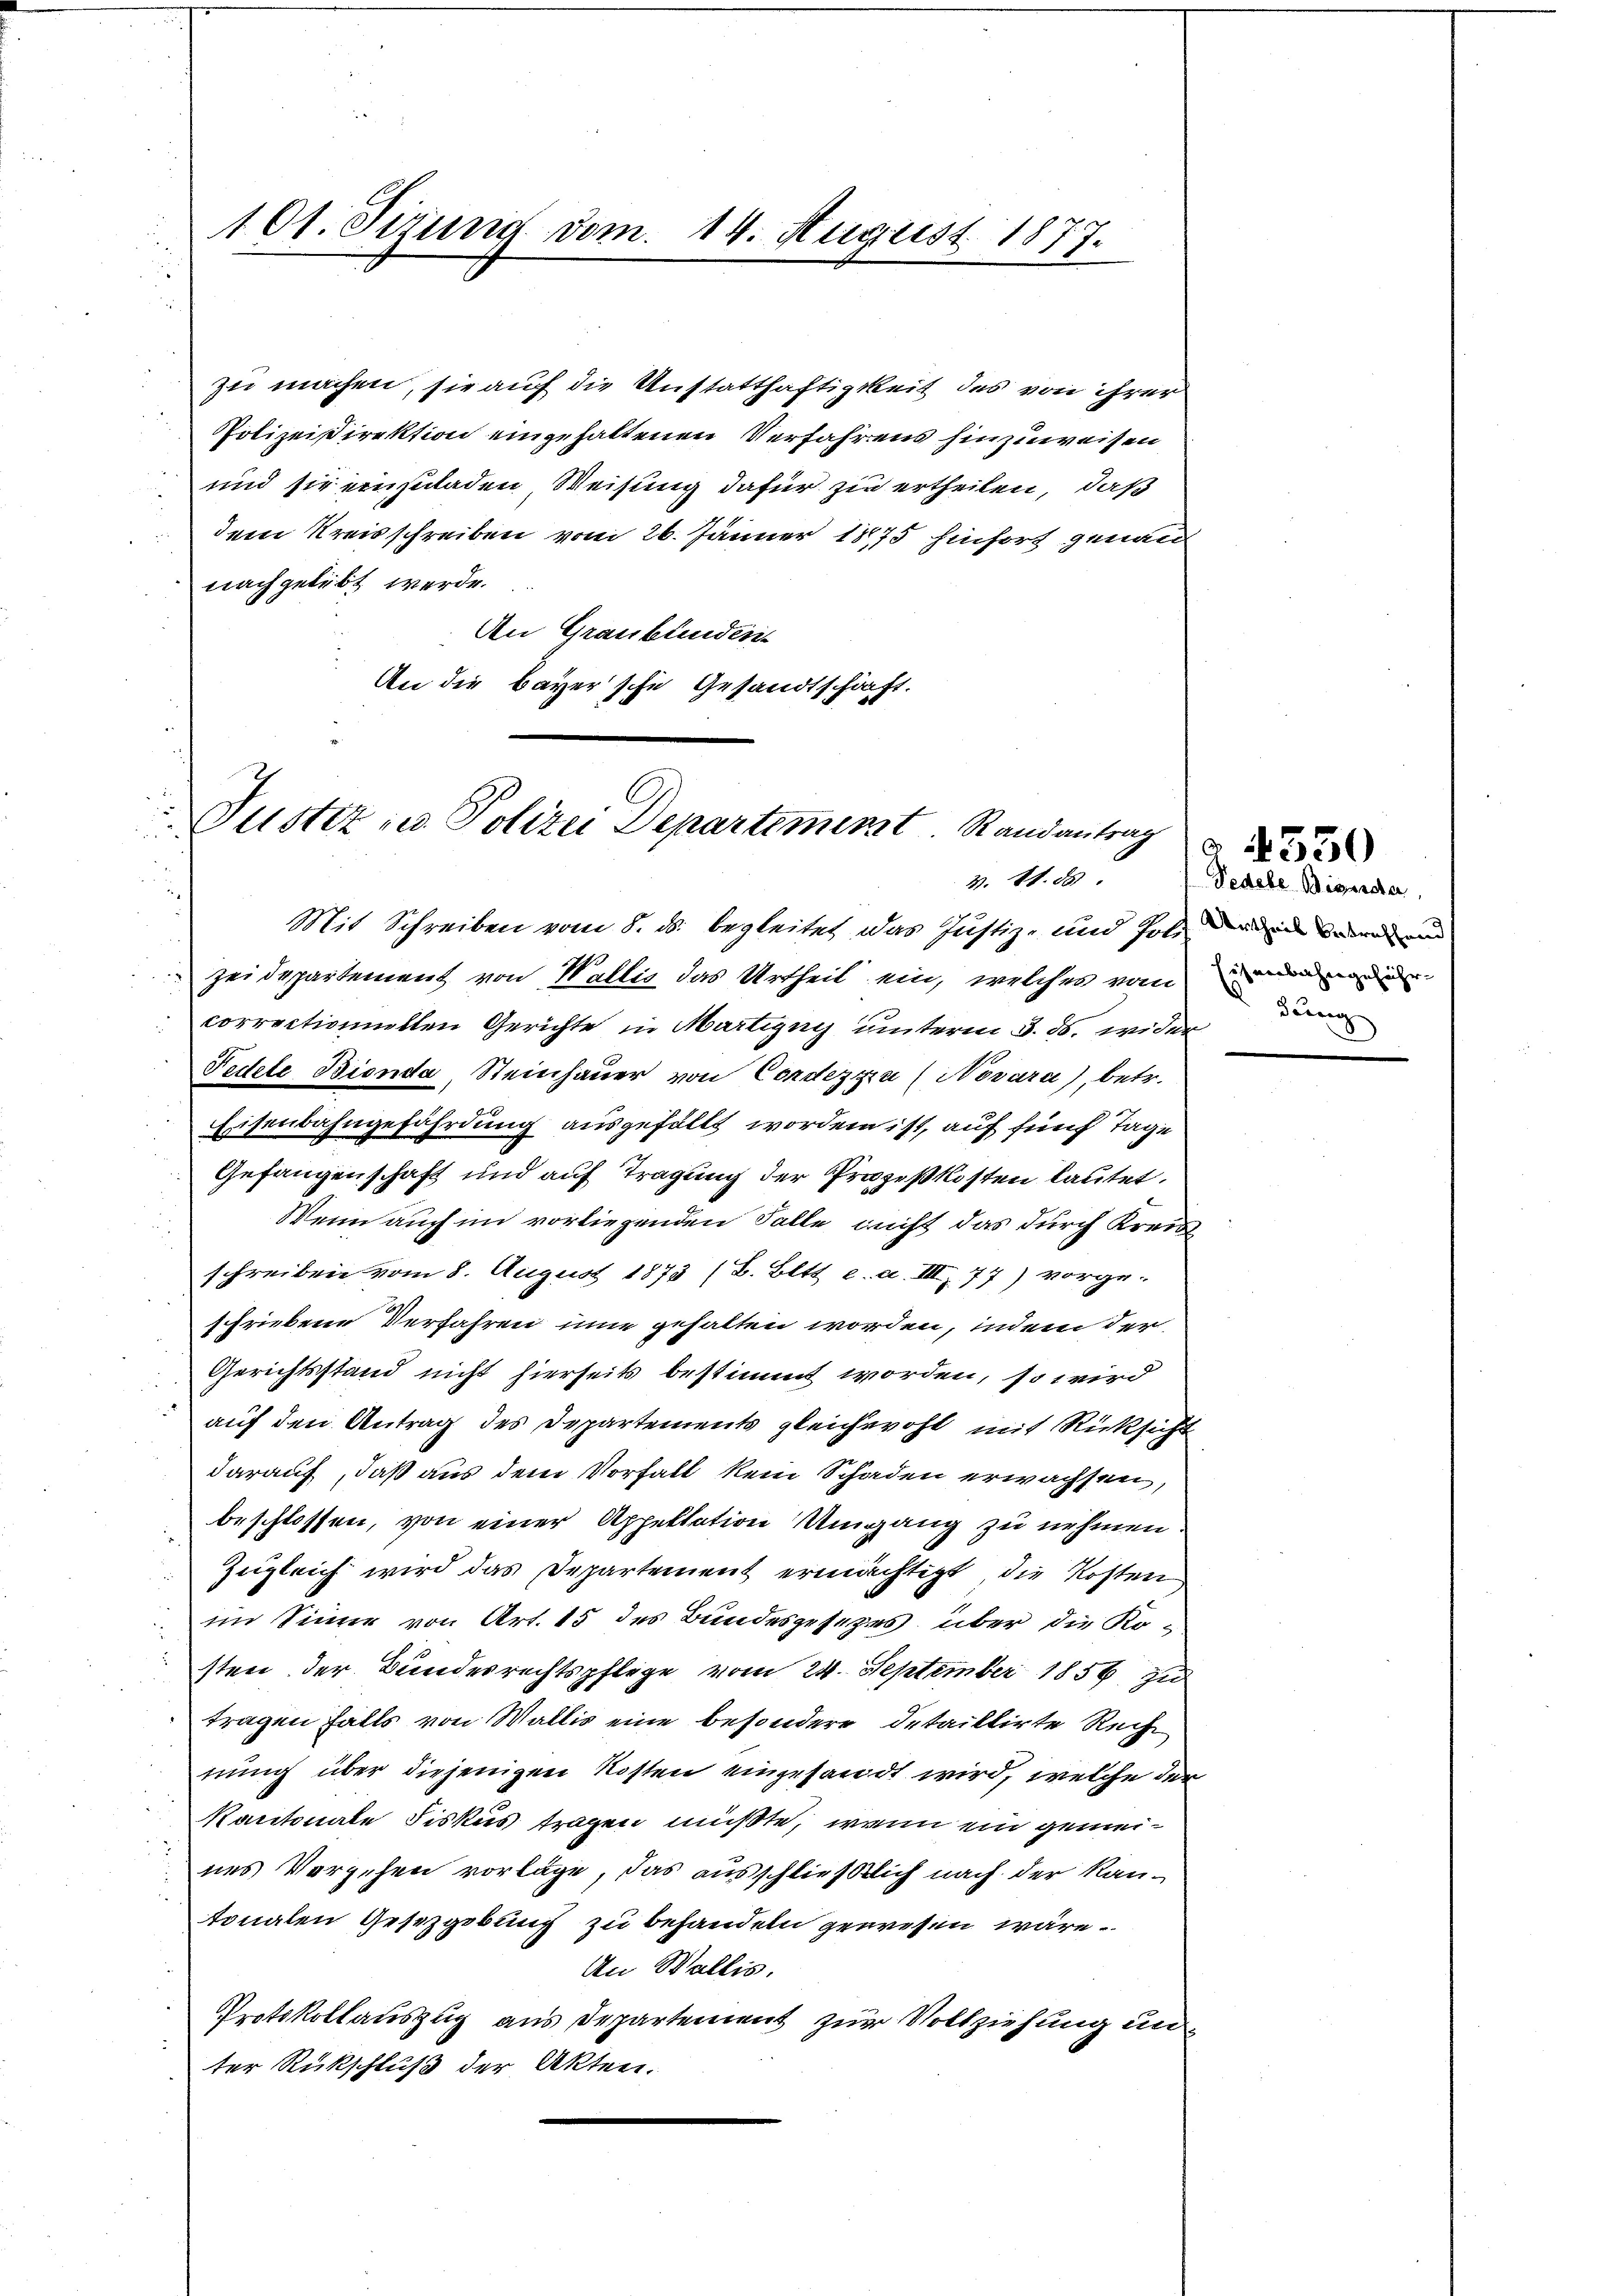
101. Sizung vom 14. August 1877.

zu machen, sie auf die Anstatthaftigkeit des von ihrer
Polizeidirektion eingehaltenen Verfahrens hinzuweisen
und sie einzuladen Weisung dafür zu ertheilen, daß
dem Kreisschreiben vom 26. Jänner 1875 hinfort genau
nachgelebt werde.
An Graubünden
An die Bayer sche Gesandtschaft.

Justiz zu Polizei Departement Randantrag
.
V. S. 88

Mit Schreiben vom 8. ds. begleitet das Justiz- und Poli die und
Zeidepartement von Wallis das Urtheil ein, welches vom unm
correctionnellen Gerichte in Martigny unterm 3. ds. wider
Tedete Bionda, Steinhauer von Contezza (Novara), betr.
Eisenbahngefährdung ausgefällt worden ist, auf fünf Tage
Gefangenschaft und auf Tragung der Prozeßkosten lautet.
Wenn auch im vorliegenden Falle nicht das durch Kreisschreiben vom 8. August 1873 (B. Bett. e. a. III 77) vorge-
schriebene Verfahren inne gehalten worden, indem der
Gerichtsstand nicht hierseits bestimmt worden, so wird
auf den Antrag des Departements gleichwohl mit Rücksicht
darauf, daß aus dem Vorfall kein Schaden erwachsen,
beschlossen, von einer Appellation Umgang zu nehmen.
Zugleich wird das Departement ermächtigt, die Kosten
im Sinne von Art. 15 des Bundesgesezes über die Kosten der Bundesrechtspflege vom 24. September 1856 zu
tragen falls von Wallis eine besondere detaillirte Recht
nung über diejenigen Kosten eingesandt wird, welche der
Kantonale Fiskus tragen müßte, wenn ein gemeines Vorgehen vorlage, das ausschließlich nach der Kantonalen Gesetzgebung zu behandeln gewesen wäre.
An Wallis.
Protokollauszug aus Departement zur Vollziehung unter Rückschluß der Akten.

Pedele Bigarda,
dung

4350